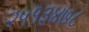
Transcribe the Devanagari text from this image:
२५१३४७८